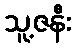
သူ့ဇနီး